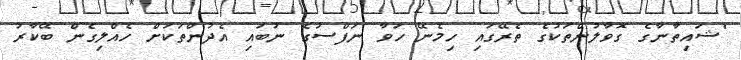
"ޝައިތާނާގެ ގޮވާލުންތަކުގެ ތެރޭގައި ހިމެނޭ ހަވާ ނަފްސުގެ ނުބައި އެދުންތަކަށް ހެއްލިގެން ބޭކާރު